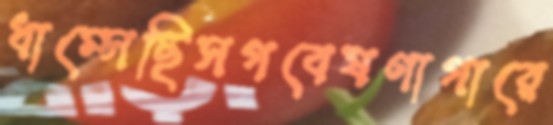
ধাম্‌সেছিসগবেষণাগারে